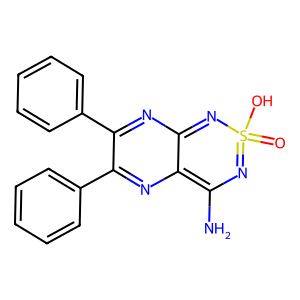
SMILES: NC1=c2nc(-c3ccccc3)c(-c3ccccc3)nc2=NS(=O)(O)=N1
Inhibits HIV replication: No